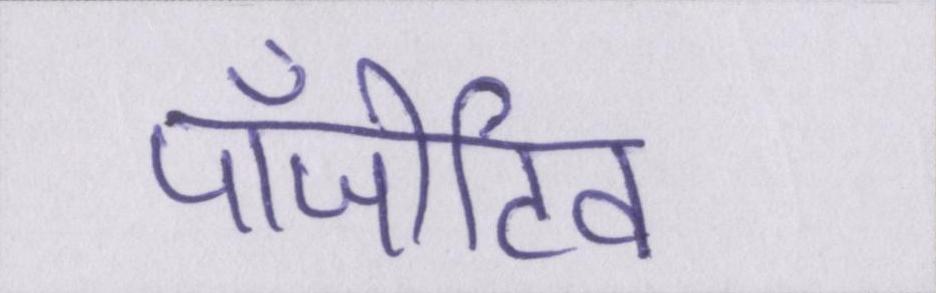
पॉजीटिव